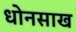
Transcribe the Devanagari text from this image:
धोनसाख